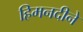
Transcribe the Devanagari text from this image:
हिमनदीने